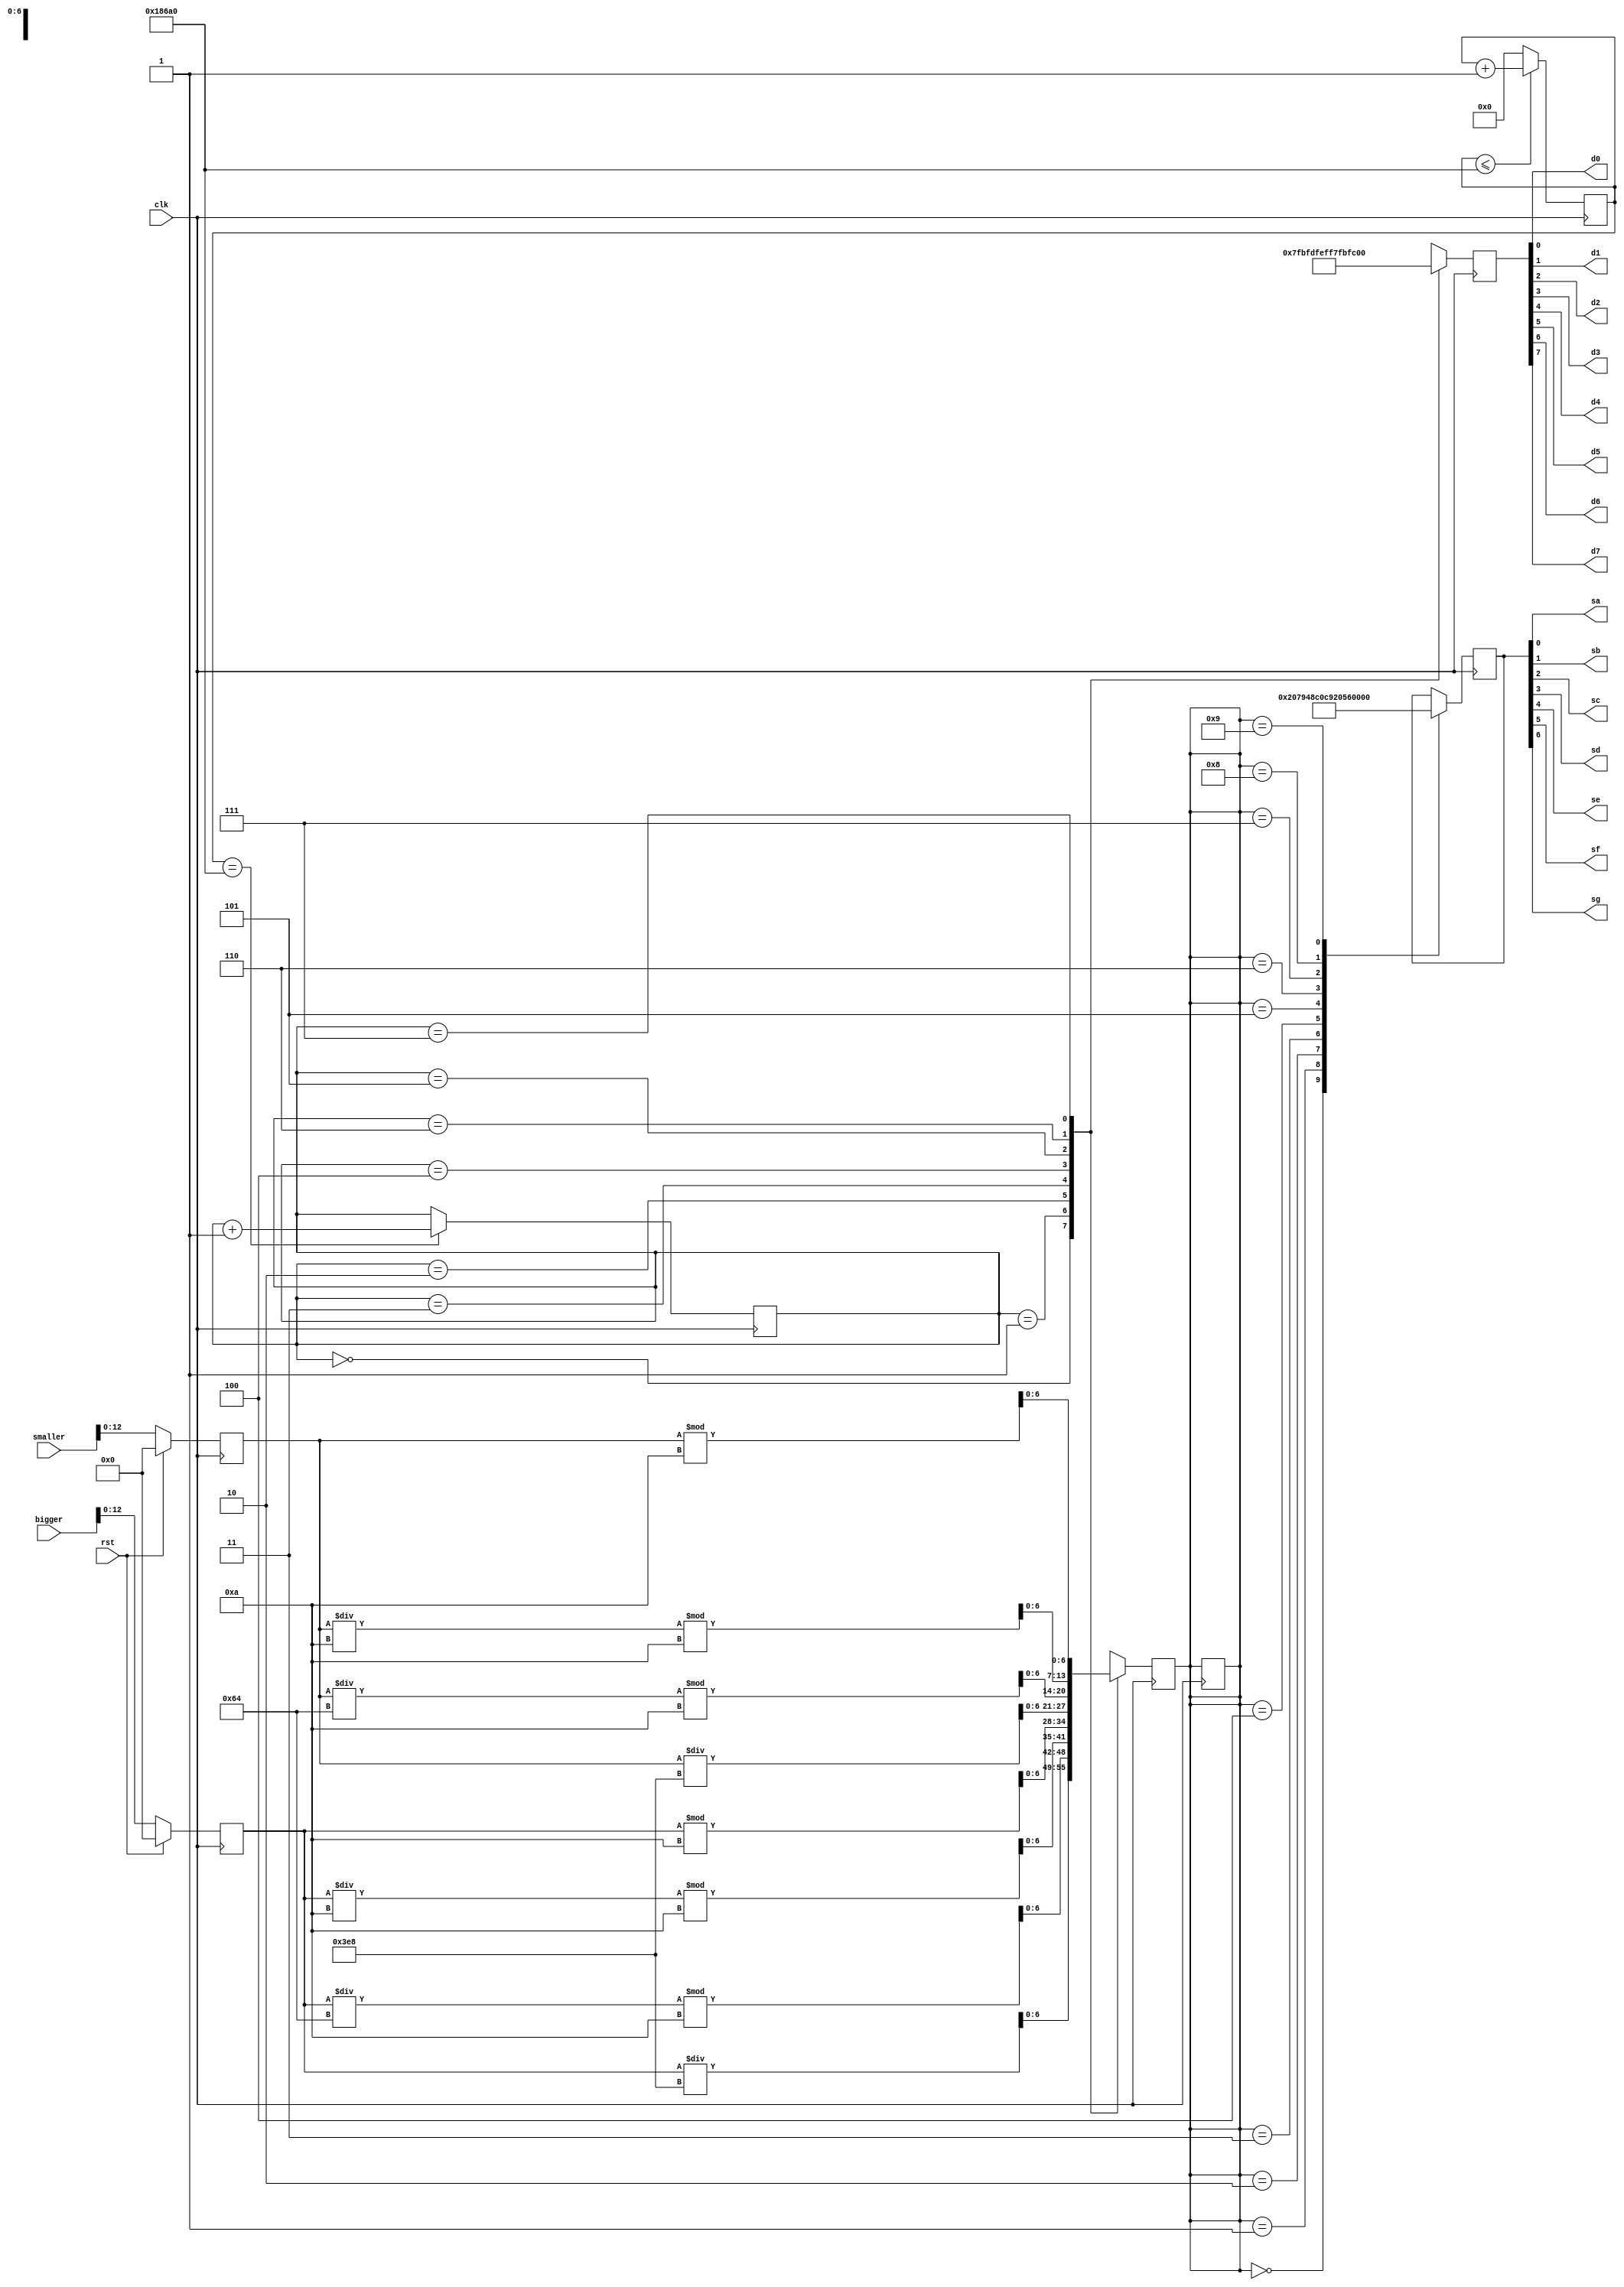
`timescale 1ns / 1ps


module top(
    input clk, 
	input rst,
	input[31:0] bigger,
	input[31:0] smaller,
	
    output sa,
    output sb,
    output sc,
    output sd,
    output se,
    output sf,
    output sg,
    //output dp,
    output d0,
    output d1,
    output d2,
    output d3,
    output d4,
    output d5,
    output d6,
    output d7 
    );
//reg [5:0] first_number,second_number;
reg [20:0] counter;
reg [2:0] status;
reg [6:0] seg_ans,seg_print;
reg [12:0] ans1, ans2;
reg [7:0] scan_total;


//wtite down your code here
always@(posedge clk)begin
	if(rst) begin
		ans1 <= 13'd0;
		ans2 <= 13'd0;
	end
	//second_number <= {sw5,sw4,sw3,sw2,sw1,sw0};
	//first_number <= {sw11,sw10,sw9,sw8,sw7,sw6};
	else begin
		  ans1 <= bigger[12:0];
		  ans2 <= smaller[12:0];
	end
end

//8??(d0~d7)7-segment(a~g)??? dp???k?U????.
assign {d7,d6,d5,d4,d3,d2,d1,d0} = scan_total; //?G???@??LED
//assign dp = ((status==1) || (status==3)) ? 0 : 1;  //1,3 light_on
always@(posedge clk) begin
  counter <=(counter<=100000) ? (counter +1) : 0;
  status <= (counter==100000) ? (status + 1) : status;

	case(status)
		0:begin
			//seg_result <= first_number/10;//6??switch???h??63,63/10=6,???b????
			seg_ans <= ans1/1000;
			scan_total <= 8'b0111_1111;
		end
		1:begin
			//seg_result <= first_number%10;//63%10=3,???b?k??
			seg_ans <= (ans1/100)%10;
			scan_total <= 8'b1011_1111;
		end
		2:begin
			//seg_result <= second_number/10;
			seg_ans <= (ans1/10)%10;
			scan_total <= 8'b1101_1111;
		end
		3:begin
			//seg_result <= second_number%10;
			seg_ans <= ans1%10;
			scan_total <= 8'b1110_1111;
		end
		4:begin
			//seg_result <= answer_number/1000;//63*63=3969,3969/1000=3
			seg_ans <= ans2/1000;
			scan_total <= 8'b1111_0111;
		end
		5:begin
			//seg_result <= (answer_number%1000)/100;//3969%1000=969,969/1000=9
			seg_ans <= (ans2/100)%10;
			scan_total <= 8'b1111_1011;
		end
		6:begin
			//seg_result <= (answer_number%100)/10;
			seg_ans <= (ans2/10)%10;
			scan_total <= 8'b1111_1101;
		end
		7:begin
			//seg_result <= answer_number%10;
			seg_ans <= ans2%10;
			scan_total <= 8'b1111_1110;
		end
		default: status <= status;
	endcase 
end  


assign {sg,sf,se,sd,sc,sb,sa} = seg_print;
always@(posedge clk) begin  
  case(seg_ans)
	16'd0:seg_print <= 7'b100_0000;
	16'd1:seg_print <= 7'b111_1001;
	16'd2:seg_print <= 7'b010_0100;
	16'd3:seg_print <= 7'b011_0000;
	16'd4:seg_print <= 7'b001_1001;
	16'd5:seg_print <= 7'b001_0010;
	16'd6:seg_print <= 7'b000_0010;
	16'd7:seg_print <= 7'b101_1000;
	16'd8:seg_print <= 7'b000_0000;
	16'd9:seg_print <= 7'b001_0000;
	default: seg_ans <= seg_ans;
  endcase
end 
endmodule